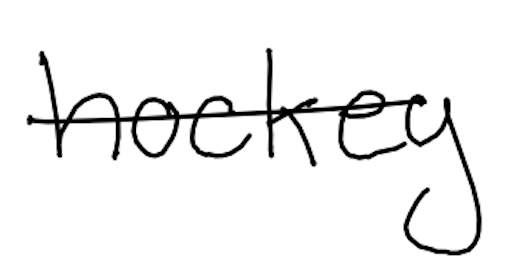
Text: hockey
Cross-out: single-line
Writing tool: digital_black